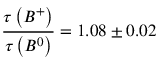
\frac { \tau \left( B ^ { + } \right) } { \tau \left( B ^ { 0 } \right) } = 1 . 0 8 \pm 0 . 0 2